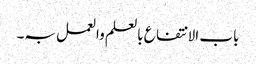
باب الا نتفاع بالعلم والعمل بہ۔